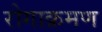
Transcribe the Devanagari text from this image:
रोगाक्रमण